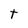
Character: t